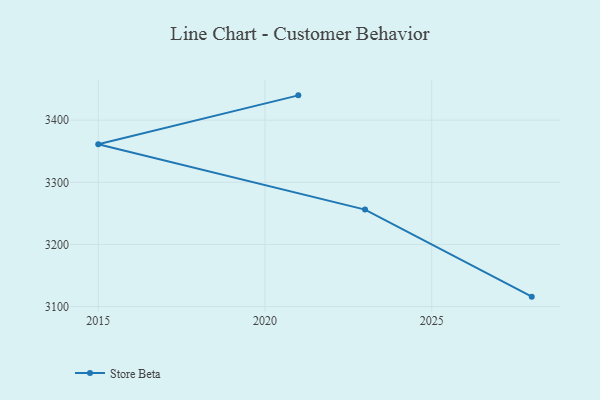
{"axis": {"x": "Year", "y": "Net Income (USD K)"}, "legend": ["Store Beta"], "data": [{"x": "2021", "y": 3439.9, "type": "Store Beta"}, {"x": "2015", "y": 3361.2, "type": "Store Beta"}, {"x": "2023", "y": 3256.1, "type": "Store Beta"}, {"x": "2028", "y": 3116.0, "type": "Store Beta"}]}